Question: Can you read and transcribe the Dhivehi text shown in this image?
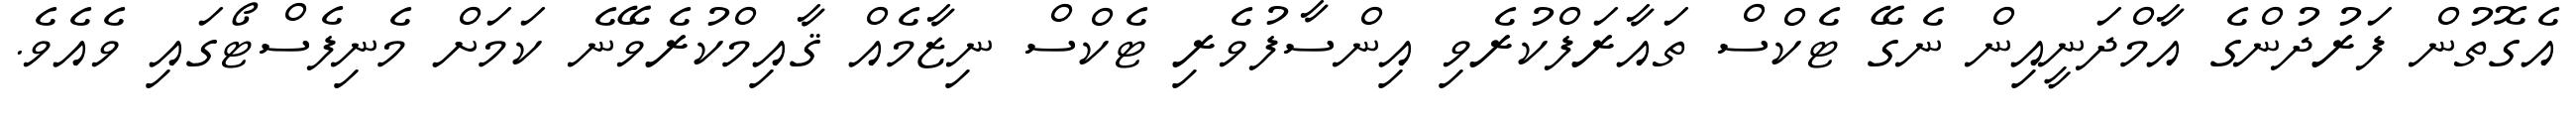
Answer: އެގޮތުން ފަރުދުންގެ އާމްދަނީއިން ނެގޭ ޓެކްސް ތައާރަފްކުރެވި އިންސާފުވެރި ޓެކްސް ނިޒާމެއް ޤާއިމްކުރެވޭނެ ކަމަށް މެނިފެސްޓޯގައި ވެއެވެ.